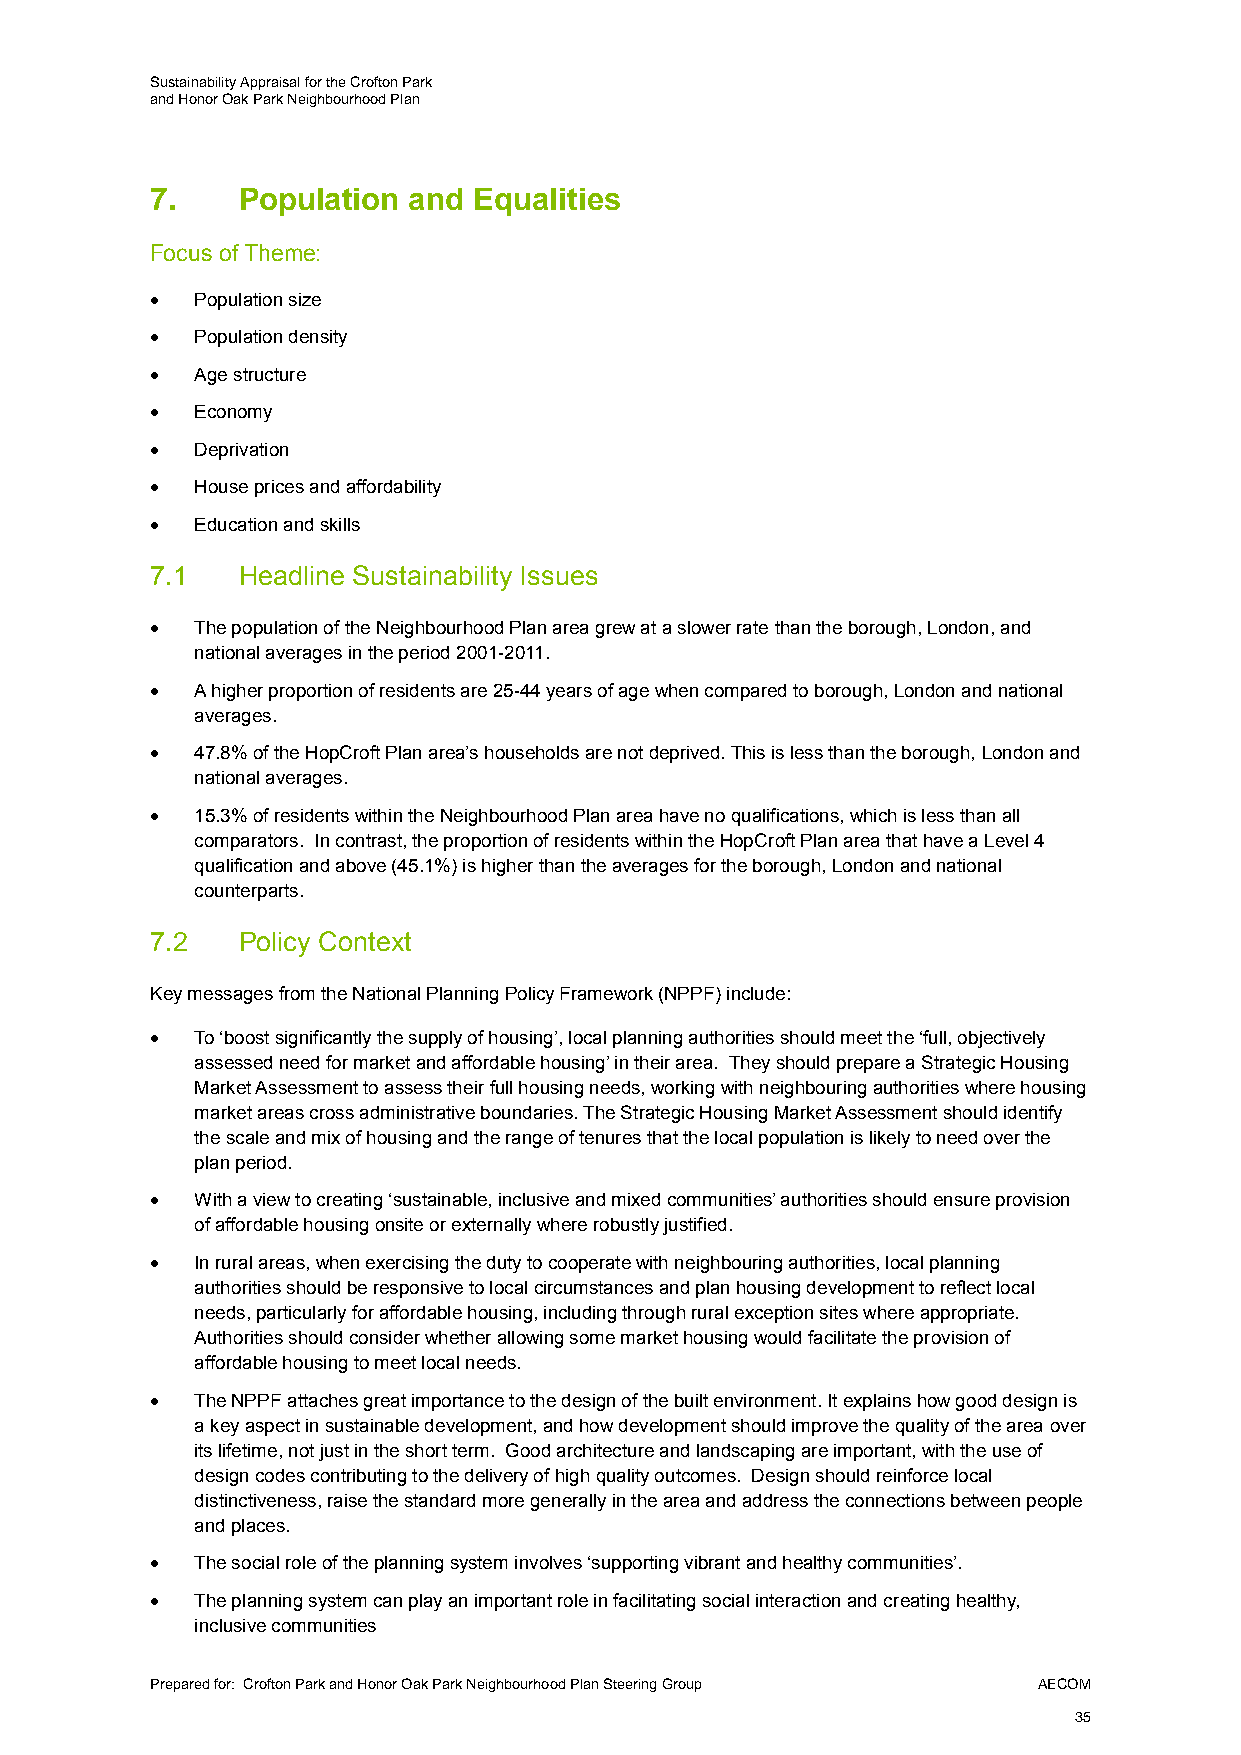
Sustainability Appraisal for the Crofton Park
 and Honor Oak Park Neighbourhood Plan
 7.    Population and Equalities
 Focus of Theme:
   Population size
   Population density
   Age structure
   Economy
   Deprivation
   House prices and affordability
   Education and skills
 7.1   Headline Sustainability Issues
   The population of the Neighbourhood Plan area grew at a slower rate than the borough, London, and
 national averages in the period 2001-2011.
   A higher proportion of residents are 25-44 years of age when compared to borough, London and national
 averages.
   47.8% of the HopCroft Plan area’s households are not deprived. This is less than the borough, London and
 national averages.
   15.3% of residents within the Neighbourhood Plan area have no qualifications, which is less than all
 comparators. In contrast, the proportion of residents within the HopCroft Plan area that have a Level 4
 qualification and above (45.1%) is higher than the averages for the borough, London and national
 counterparts.
 7.2   Policy Context
 Key messages from the National Planning Policy Framework (NPPF) include:
   To ‘boost significantly the supply of housing’, local planning authorities should meet the ‘full, objectively
 assessed need for market and affordable housing’ in their area. They should prepare a Strategic Housing
 Market Assessment to assess their full housing needs, working with neighbouring authorities where housing
 market areas cross administrative boundaries. The Strategic Housing Market Assessment should identify
 the scale and mix of housing and the range of tenures that the local population is likely to need over the
 plan period.
   With a view to creating ‘sustainable, inclusive and mixed communities’ authorities should ensure provision
 of affordable housing onsite or externally where robustly justified.
   In rural areas, when exercising the duty to cooperate with neighbouring authorities, local planning
 authorities should be responsive to local circumstances and plan housing development to reflect local
 needs, particularly for affordable housing, including through rural exception sites where appropriate.
 Authorities should consider whether allowing some market housing would facilitate the provision of
 affordable housing to meet local needs.
   The NPPF attaches great importance to the design of the built environment. It explains how good design is
 a key aspect in sustainable development, and how development should improve the quality of the area over
 its lifetime, not just in the short term. Good architecture and landscaping are important, with the use of
 design codes contributing to the delivery of high quality outcomes. Design should reinforce local
 distinctiveness, raise the standard more generally in the area and address the connections between people
 and places.
   The social role of the planning system involves ‘supporting vibrant and healthy communities’.
   The planning system can play an important role in facilitating social interaction and creating healthy,
 inclusive communities
 Prepared for: Crofton Park and Honor Oak Park Neighbourhood Plan Steering Group AECOM
 35